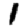
Digit: 1